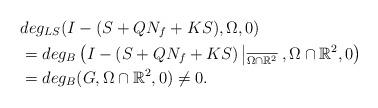
LaTeX: \begin{align*}& deg_{LS}(I-(S+QN_{f}+KS) ,\Omega,0)\\& = deg_{B}\left(I-(S+QN_{f}+KS)\left|_{\overline{\Omega \cap \mathbb{R}^{2}}}\right. ,\Omega\cap \mathbb{R}^{2}, 0\right)\\&=deg_{B}(G,\Omega\cap \mathbb{R}^{2},0)\neq 0.\end{align*}